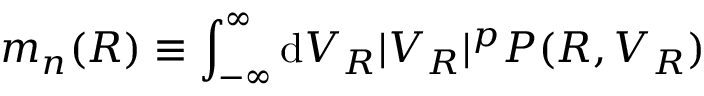
m _ { n } ( R ) \equiv \int _ { - \infty } ^ { \infty } \mathrm { d } V _ { R } | V _ { R } | ^ { p } P ( R , V _ { R } )